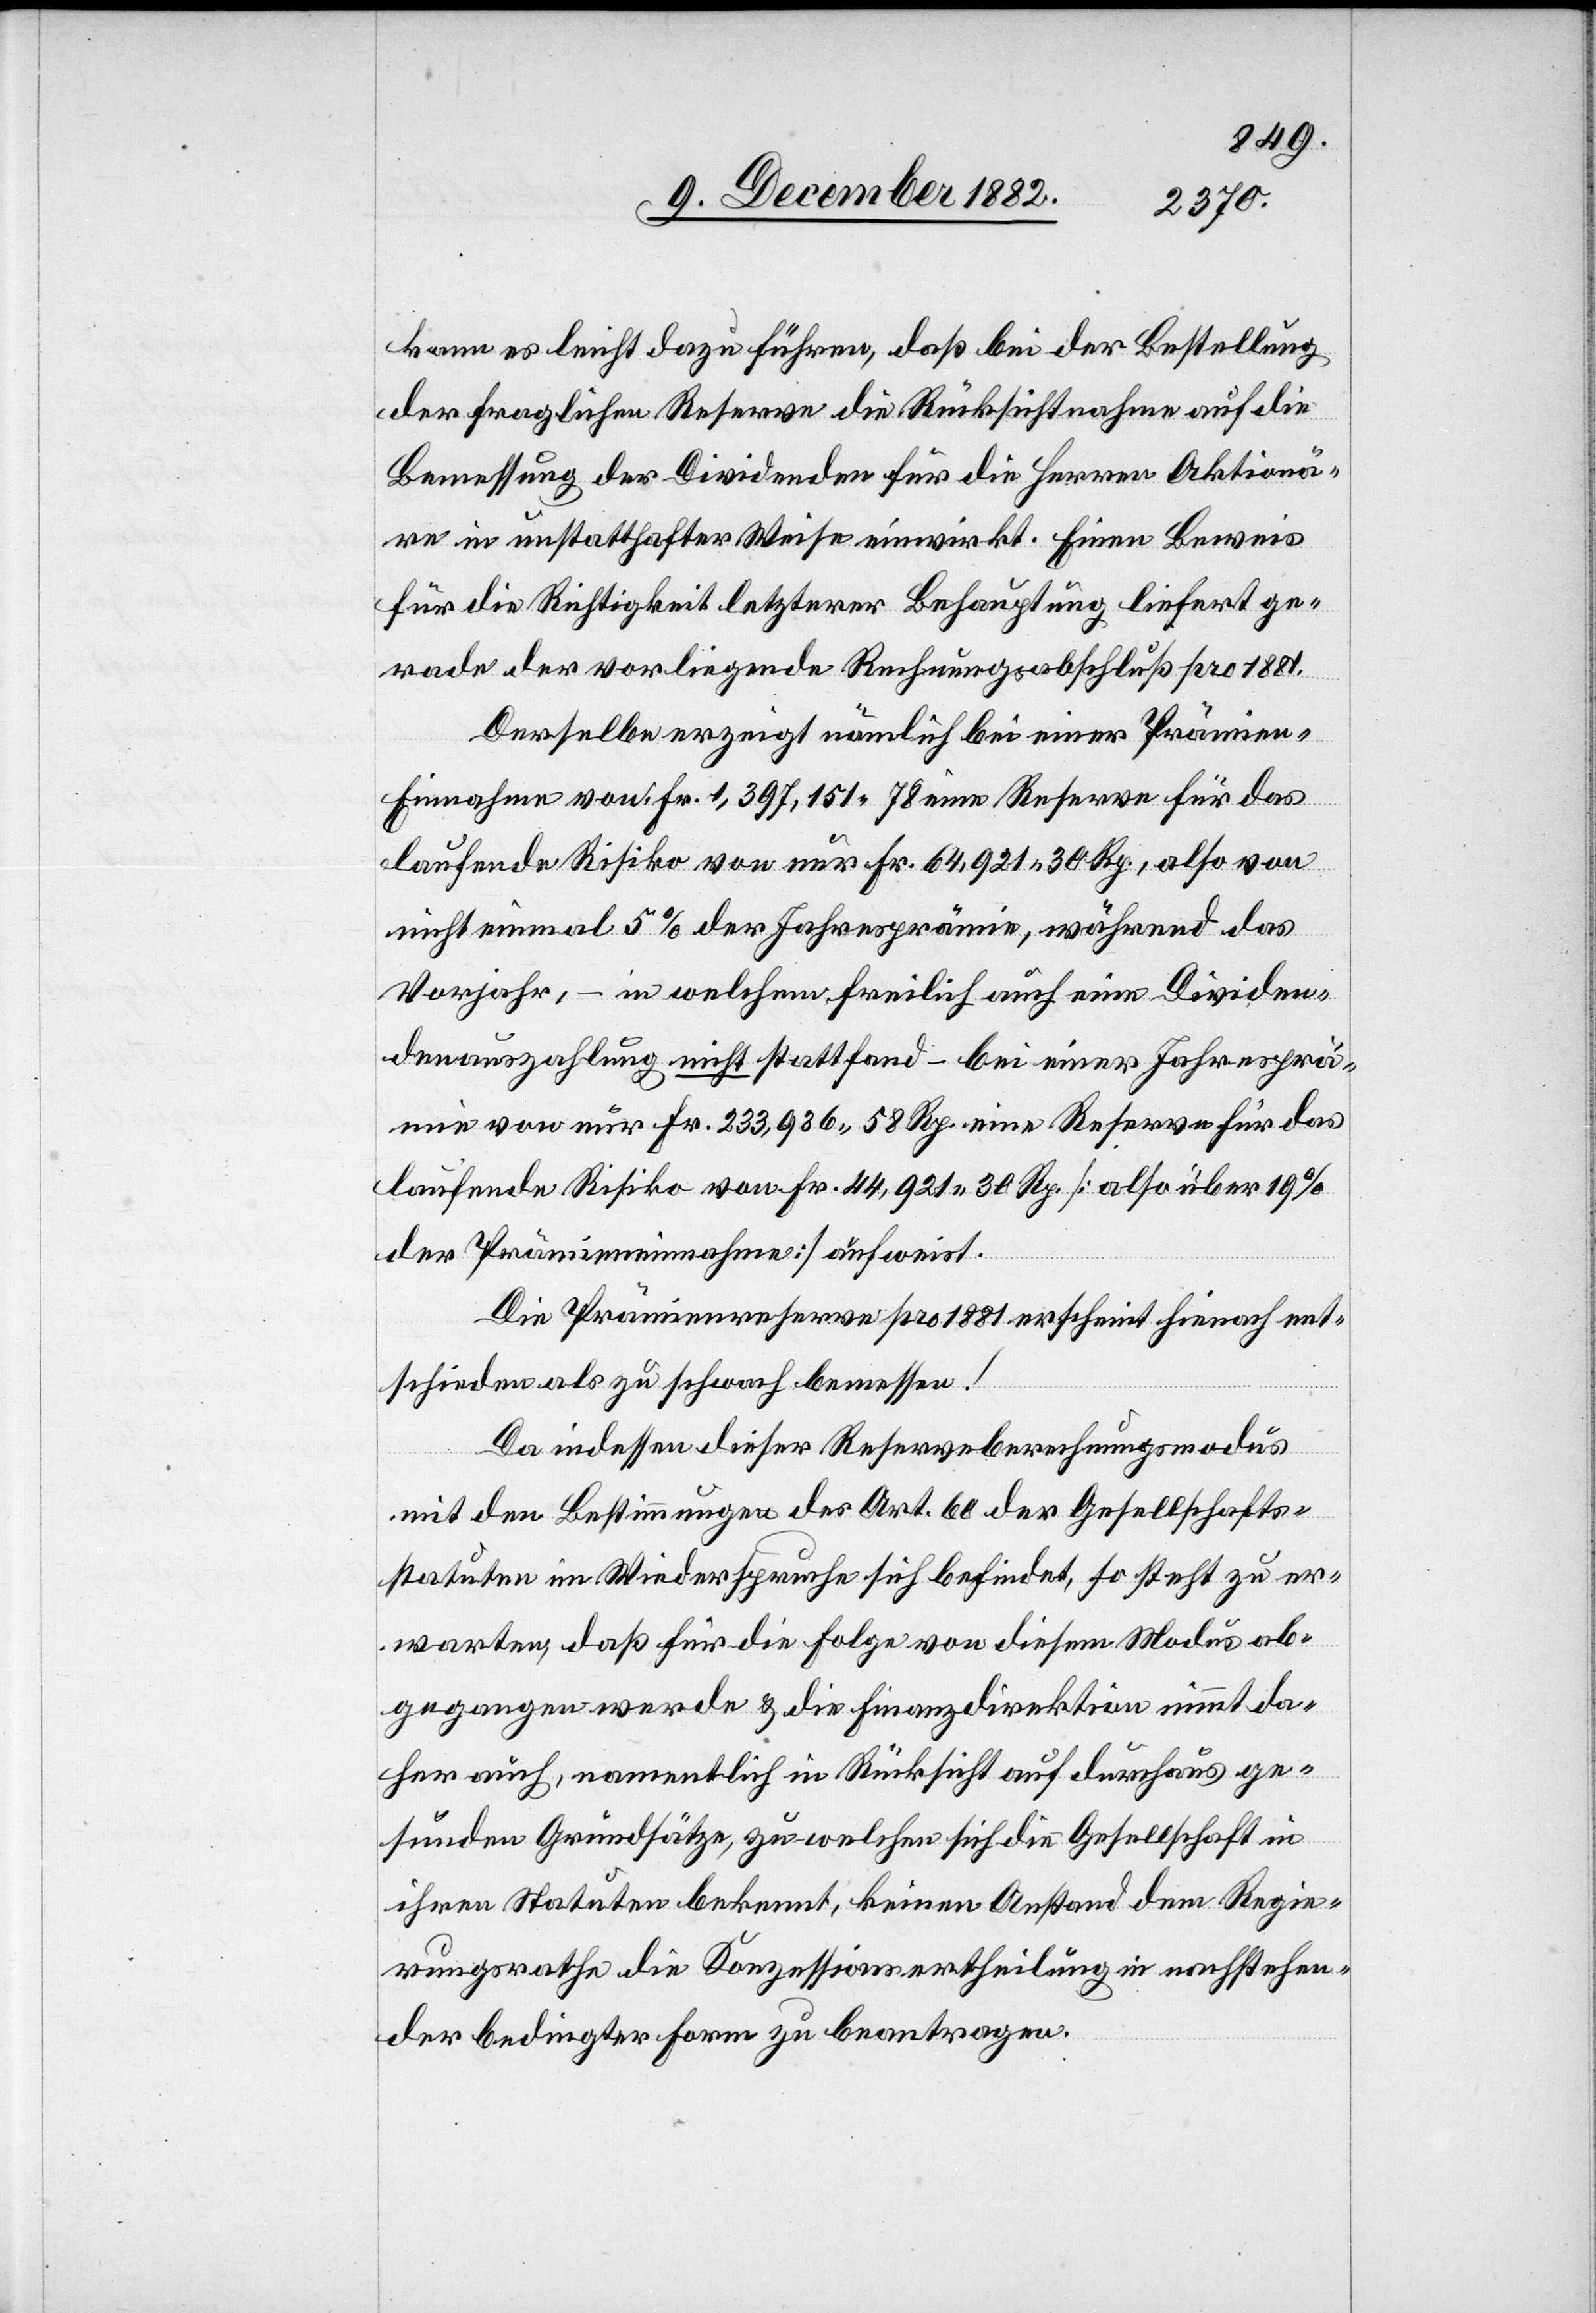
kann es leicht dazu führen, daß bei der Bestellung
der fraglichen Reserve die Rücksichtnahme auf die
Bemessung der Dividenden für die Herren Aktionä¬
re in unstatthafter Weise einwirkt. Einen Beweis
für die Richtigkeit letzterer Behauptung liefert ge¬
rade der vorliegende Rechnungsabschluß pro 1881.
Derselbe erzeigt nämlich bei einer Prämien-E¬
innahme von Fr. 1,397,151 78 eine Reserve für das
laufende Risiko von nur Fr. 64,921 30 Rp., also von
nicht einmal 5% der Jahresprämie, während das
Vorjahr, – in welchem freilich auch eine Dividen¬
denauszahlung nicht stattfand – bei einer Jahresprä¬
mie von nur Fr. 233,936 58 Rp. eine Reserve für das
laufende Risiko von Fr. 44,921 30 Rp. [also über 19%
der Prämieneinnahme] aufweist.
Die Prämienreserve pro 1881 erscheint hienach ent¬
schieden als zu schwach bemessen!
Da indessen dieser Reserveberechnungsmodus
ge¬
mit den Bestimmungen des Art. 60 der Gesellschafts¬
statuten im Wiederspruche sich befindet, so steht zu er¬
warten, daß für die Folge von diesem Modus ab¬
gegangen werde & die Finanzdirektion nimmt da¬
her auch, namentlich in Rücksicht auf durchaus ge¬
sunde] Grundsätze, zu welchen sich die Gesellschaft in
ihren Statuten bekennt, keinen Anstand dem Regie¬
rungsrathe die Konzessionsertheilung in nachstehen¬
der bedingter Form zu beantragen.